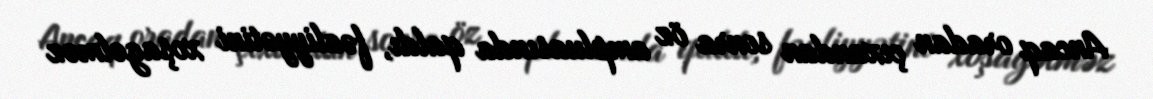
Ancaq oradan çıxandan sonra öz ampluasında qaldı, fəaliyyətini xoşagəlməz